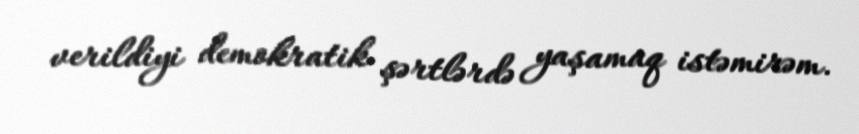
verildiyi demokratik şərtlərdə yaşamaq istəmirəm.